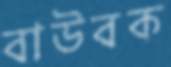
বাউবক